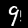
Label: 9